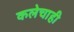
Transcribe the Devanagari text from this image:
कलेचाही